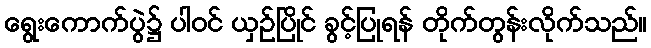
ရွေးကောက်ပွဲ၌ ပါဝင် ယှဉ်ပြိုင် ခွင့်ပြုရန် တိုက်တွန်းလိုက်သည်။